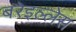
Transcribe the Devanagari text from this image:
बरेइल्लेस